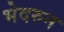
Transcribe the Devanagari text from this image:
भेदरुन